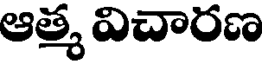
ఆత్మ విచారణ